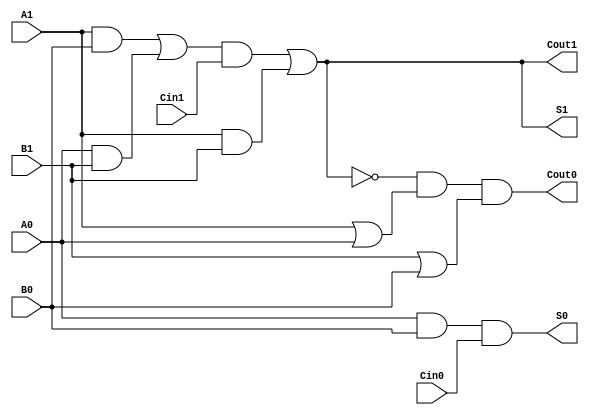
module dual_rail_full_adder (
    input wire A1,  // True value for input A
    input wire A0,  // Complementary value for input A
    input wire B1,  // True value for input B
    input wire B0,  // Complementary value for input B
    input wire Cin1, // True value for carry-in
    input wire Cin0, // Complementary value for carry-in
    output wire S1,  // True value for sum output
    output wire S0,  // Complementary value for sum output
    output wire Cout1, // True value for carry-out
    output wire Cout0  // Complementary value for carry-out
);

// Internal signals for intermediate calculations
wire AxorB;
wire AandB;
wire AxorB_and_Cin;
wire A_or_B;

// Compute A XOR B
assign AxorB = A1 & B0 | A0 & B1;

// Compute A AND B
assign AandB = A1 & B1;

// Compute (A XOR B) AND Cin
assign AxorB_and_Cin = AxorB & Cin1;

// Compute the sum output
assign S1 = AxorB & Cin1 | AandB; // S1 is true if (AxorB AND Cin1) OR (A AND B)
assign S0 = A0 & B0 & Cin0; // S0 is true if all inputs are false (invalid state)

// Compute the carry-out
assign Cout1 = AandB | AxorB_and_Cin; // Cout1 is true if (A AND B) OR ((A XOR B) AND Cin)
assign Cout0 = ~(Cout1) & (A1 | A0) & (B1 | B0); // Cout0 is true if Cout1 is false and at least one input is true

endmodule